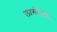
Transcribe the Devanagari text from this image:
लागोलाग